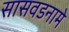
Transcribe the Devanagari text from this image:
सासवडनामे